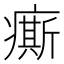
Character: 𤺊